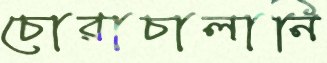
চোরাচালানি